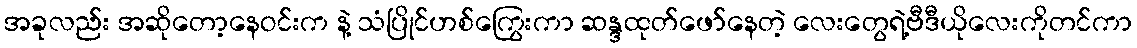
အခုလည်း အဆိုတော့နေဝင်းက နဲ့ သံပြိုင်ဟစ်ကြွေးကာ ဆန္ဒထုတ်ဖော်နေတဲ့ လေးတွေရဲ့ဗီဒီယိုလေးကိုတင်ကာ